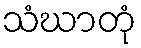
သံဃာတုံ